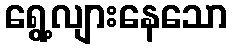
ရွေ့လျားနေသော